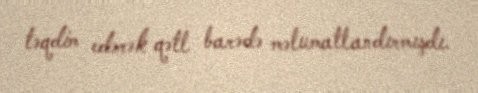
təqdim edərək qətl barədə məlumatlandırmışdı.